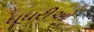
ઘૂઘરીઓ